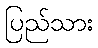
ပြည်သား